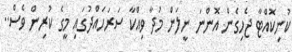
ކުނިކޮއްޓާ ޖެހިގެން އޮންނަ ނީލަން މުދާ ވިއްކާ ސަރަހައްދުގައި މީގެ ކުރިން ވެސް..